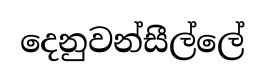
දෙනුවන්සීල්ලේ